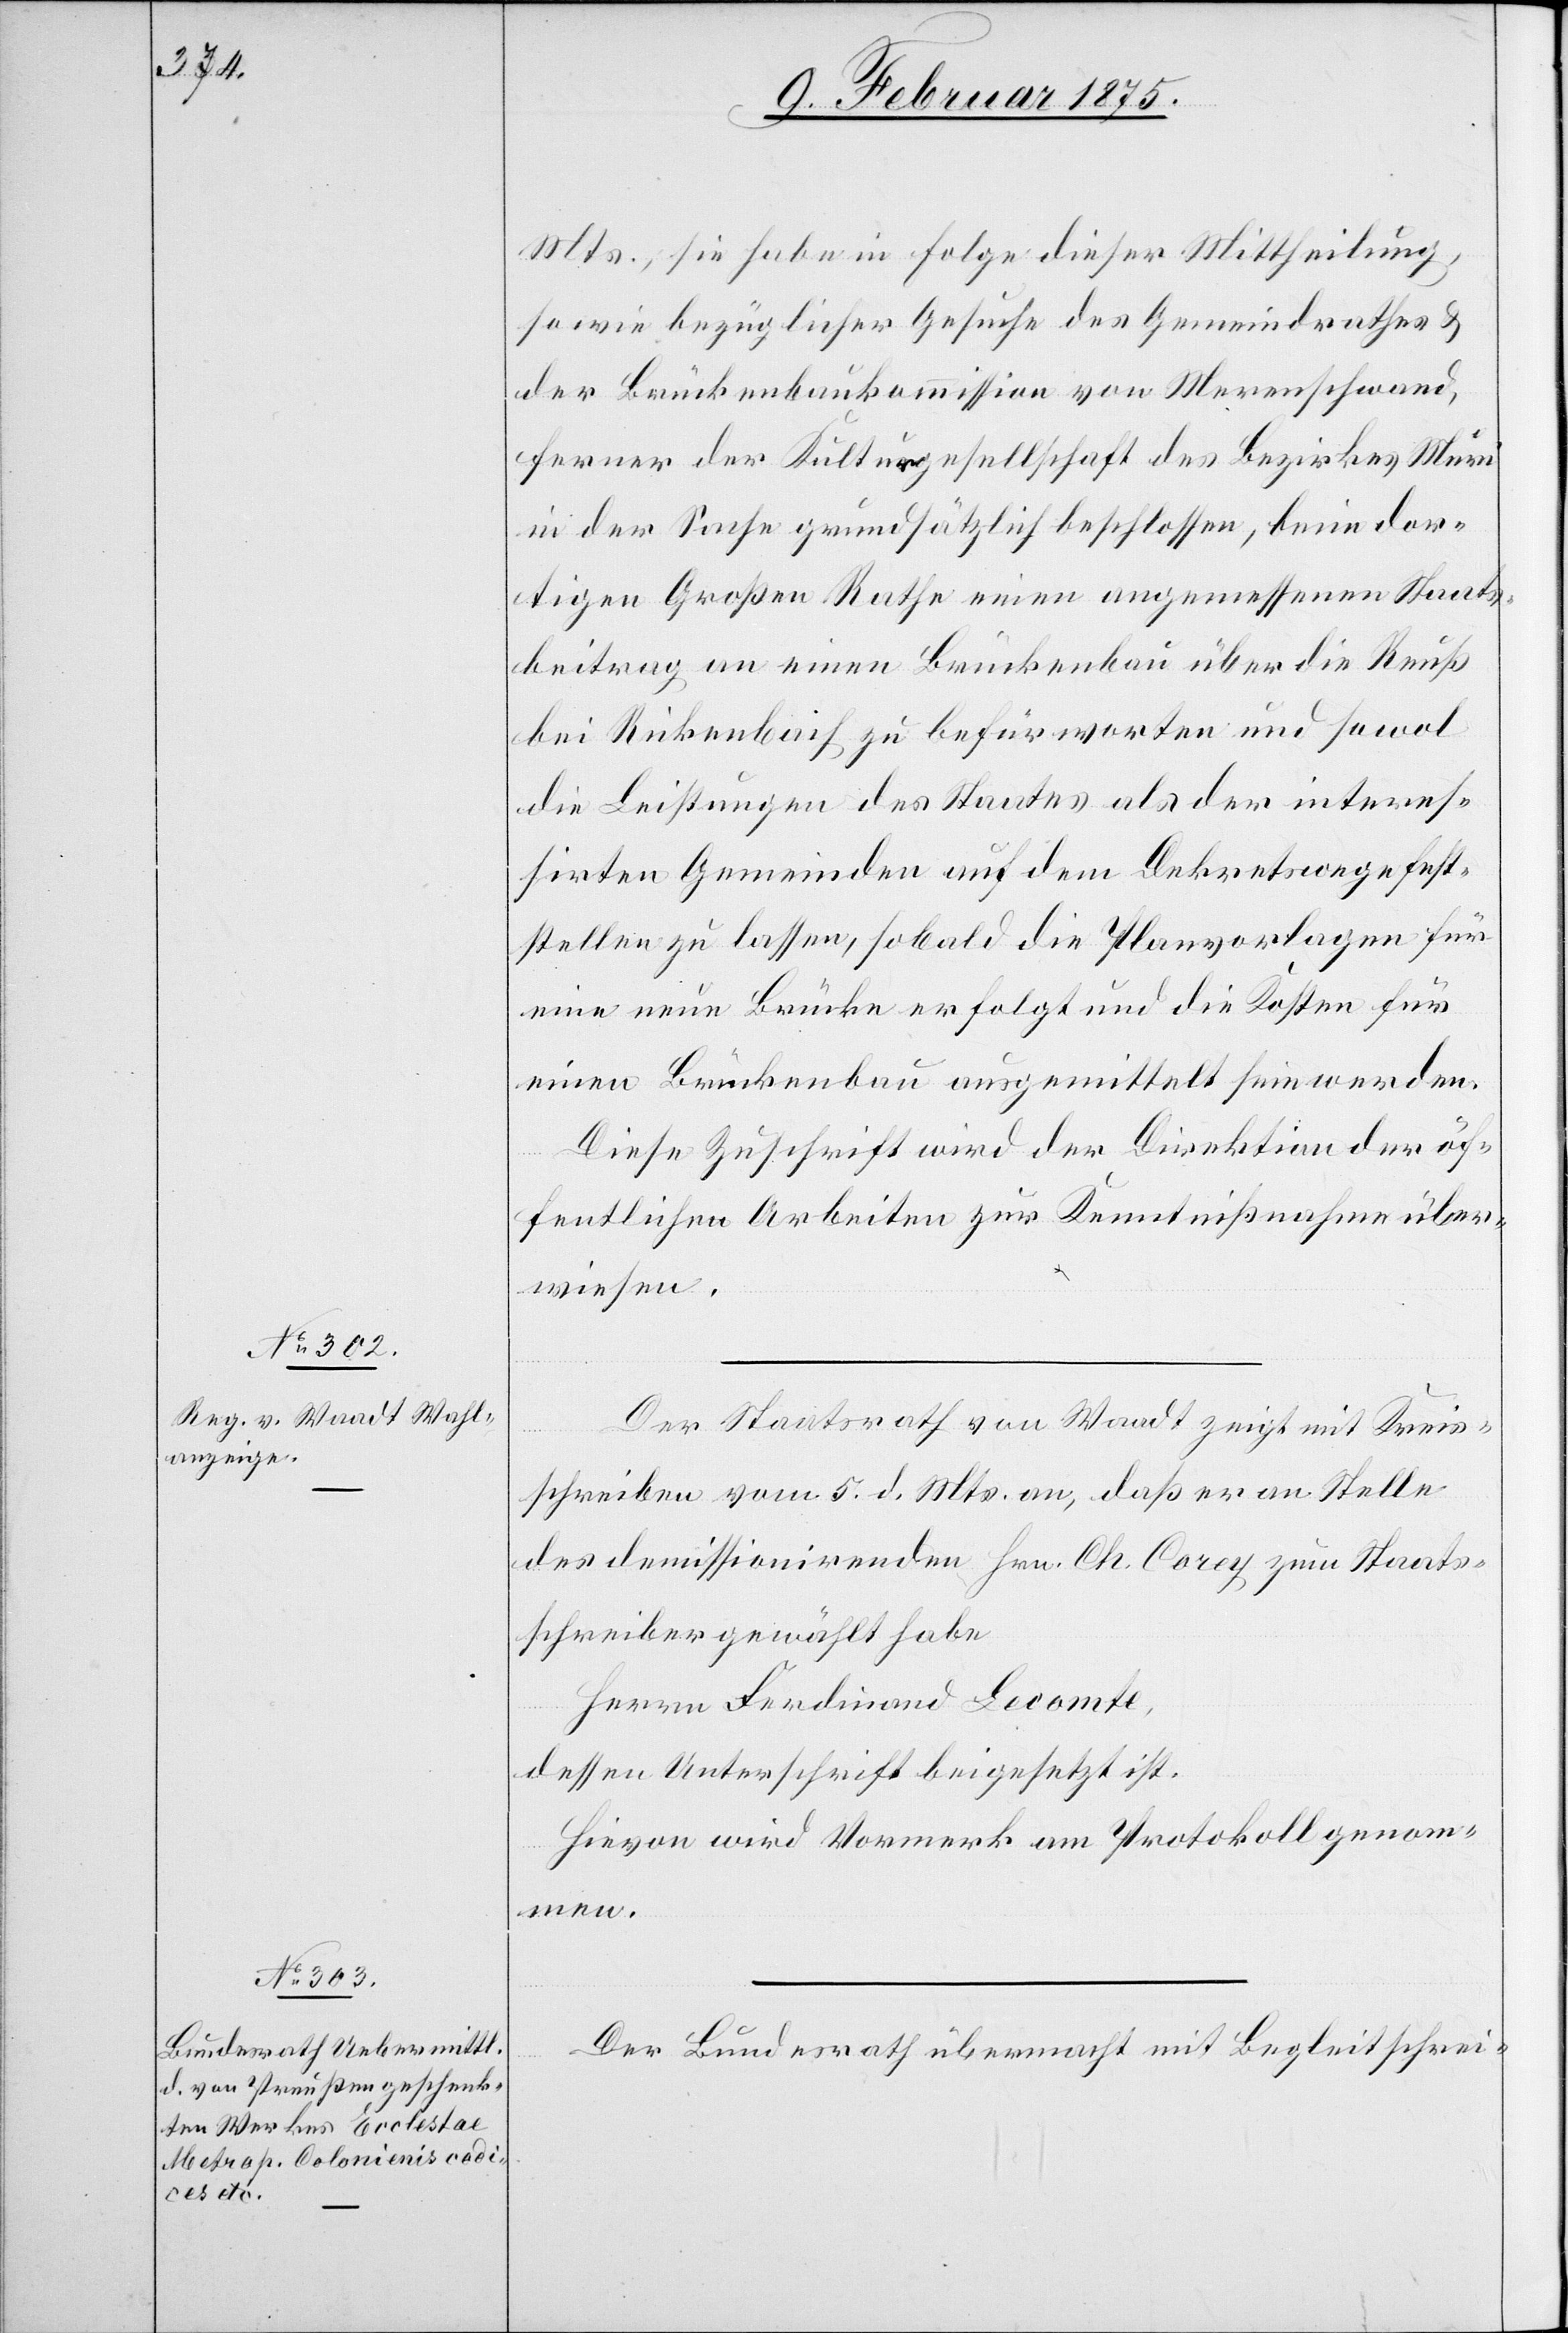
Mts., sie habe in Folge dieser Mittheilung,
sowie bezüglicher Gesuche des Gemeindrathes &
der Brückenbaukommission von Merenschwand,
ferner der Kulturgesellschaft des Bezirkes Muri
in der Sache grundsätzlich beschlossen, beim dor¬
tigen Großen Rathe einen angemessenen Staats¬
beitrag an einen Brückenbau über die Reuß
bei Rickenbach zu befürworten und sowol
die Leistungen des Staates als der interes¬
sirten Gemeinden auf dem Dekretswege fest¬
stellen zu lassen, sobald die Planvorlagen für
eine neue Brücke erfolgt und die Kosten für
einen Brückenbau ausgemittelt sein werden.
Diese Zuschrift wird der Direktion der öf¬
fentlichen Arbeiten zur Kenntnißnahme über¬
wiesen.
Der Staatsrath von Waadt zeigt mit Kreis¬
schreiben vom 5. d. Mts. an, daß er an Stelle
des demissionirenden Hrn. Ch. Corey zum Staats¬
schreiber gewählt habe:
Herrn Ferdinand Lecomte,
dessen Unterschrift beigesetzt ist.
Hievon wird Vormerk am Protokoll genom¬
men.
Der Bundesrath übermacht mit Begleitschrei-